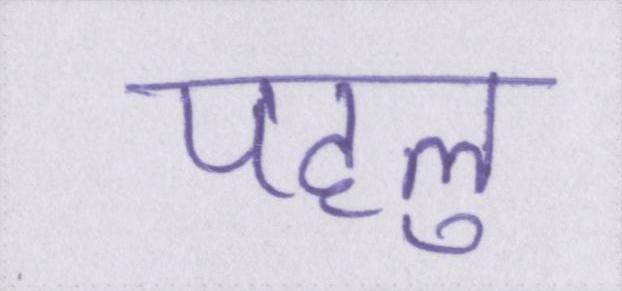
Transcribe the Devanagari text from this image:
पहलु